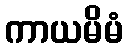
ကာယမိမံ